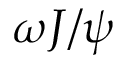
\omega J / \psi